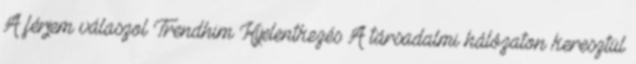
A férjem válaszol Trendhim Kijelentkezés A társadalmi hálózaton keresztül